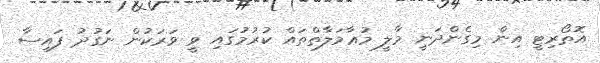
އޮތޯރިޓީ އިން މިގެންދަނީ މާލީ މުޢާމަލާތްތައް ކުރުމުގައި ވީ ވަރަކުން ނަގުދު ފައިސާ